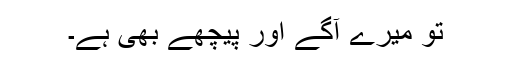
تو میرے آگے اور پیچھے بھی ہے۔